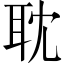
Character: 耽